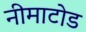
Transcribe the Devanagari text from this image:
नीमाटोड